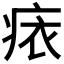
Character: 𧙜